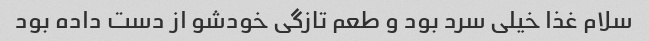
سلام غذا خیلی سرد بود و طعم تازگی خودشو از دست داده بود